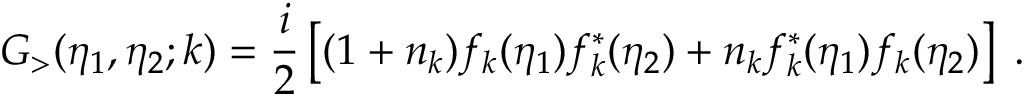
G _ { > } ( \eta _ { 1 } , \eta _ { 2 } ; k ) = \frac { i } { 2 } \left[ ( 1 + n _ { k } ) f _ { k } ( \eta _ { 1 } ) f _ { k } ^ { * } ( \eta _ { 2 } ) + n _ { k } f _ { k } ^ { * } ( \eta _ { 1 } ) f _ { k } ( \eta _ { 2 } ) \right] \; .